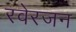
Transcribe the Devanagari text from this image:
रवेरजन